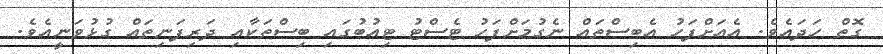
ގޮތް ހަދައެވެ. އެއަށްފަހު އެބިސްތައް ނެގުމަށްފަހު ޓެސްޓު ޓިއުބުގައި ބިސްތަކާއި ދަރިފަނިތައް ގުޅުވަނީއެވެ.